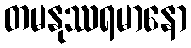
တမနုဿရမာနော